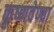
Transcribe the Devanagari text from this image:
कृष्णवेण्वा